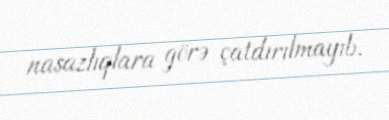
nasazlıqlara görə çatdırılmayıb.